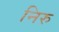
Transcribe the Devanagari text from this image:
निरु